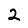
Digit: 2